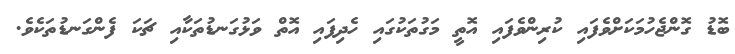
ބޮޑު ގޮންޖެހުމަކަށްވެފައި ކުރިންވެފައި އޮތީ މަގުތަކުގައި ހެދިފައި އޮތް ވަޅުގަނޑުތަކާއި ޗަކަ ފެންގަނޑުތަކެވެ.